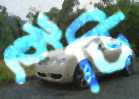
ইডি